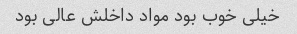
خیلی خوب بود مواد داخلش عالی بود